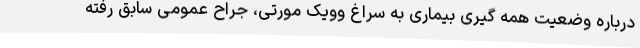
درباره وضعیت همه گیری بیماری به سراغ وویک مورتی، جراح عمومی سابق رفته